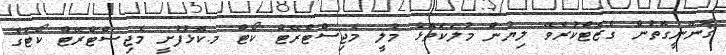
ޤާނޫނީގޮތުން ގެޒެޓްކުރެވޭ ލިޔުން މުލަކަތޮޅު މުލީ މެޖިސްޓްރޭޓް ކޯޓް މ.ކޮޅުފުށީ މެޖިސްޓްރޭޓް ކޯޓުގެ